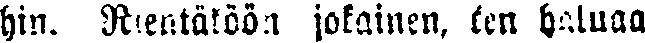
hin. Rientäköön jokainen, ken haluaa